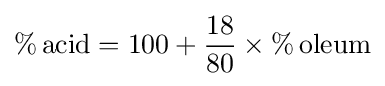
\%\,{\text{acid}}=100+{\frac {18}{80}}\times \%\,{\text{oleum}}